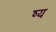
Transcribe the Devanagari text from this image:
ष्य